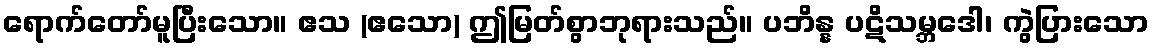
ရောက်တော်မူပြီးသော။ ဧသ (ဧသော) ဤမြတ်စွာဘုရားသည်။ ပဘိန္န ပဋိသမ္ဘဒေါ၊ ကွဲပြားသော